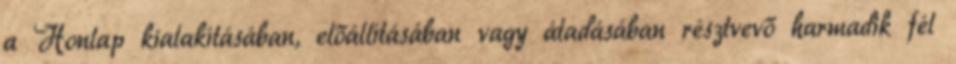
a Honlap kialakításában, előállításában vagy átadásában résztvevő harmadik fél